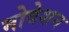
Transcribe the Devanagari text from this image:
नोवेशन